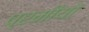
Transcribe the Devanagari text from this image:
प्रमीयो